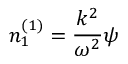
n _ { 1 } ^ { ( 1 ) } = \frac { k ^ { 2 } } { \omega ^ { 2 } } \psi